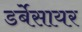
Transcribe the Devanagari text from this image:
डर्बेसायर